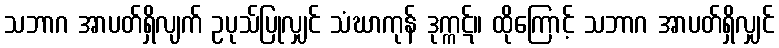
သဘာဂ အာပတ်ရှိလျက် ဥပုသ်ပြုလျှင် သံဃာကုန် ဒုက္ကဋ်။ ထိုကြောင့် သဘာဂ အာပတ်ရှိလျှင်